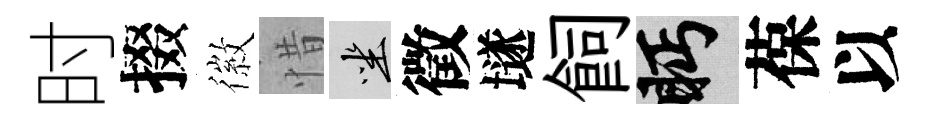
时掇徽惜坐徵𡑞飼眄葆以